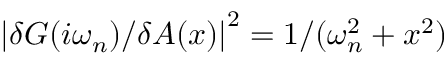
\left| { \delta G ( i \omega _ { n } ) } / { \delta A ( x ) } \right| ^ { 2 } = { 1 } / ( \omega _ { n } ^ { 2 } + x ^ { 2 } )